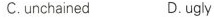
C. unchained D. Ugly